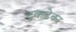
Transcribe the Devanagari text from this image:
टुकड़ेकर